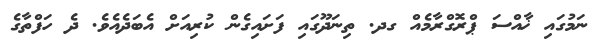
ނަމުގައި ޚާއްސަ ޕްރޮގްރާމެއް ގދ. ތިނަދޫގައި ފަށައިގެން ކުރިއަށް އެބަދެއެވެ. ދެ ހަފްތާގެ